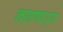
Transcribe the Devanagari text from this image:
नाहणाऱ्या